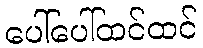
ပေါ်ပေါ်ထင်ထင်